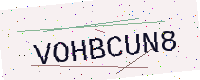
Text: VOHBCUN8